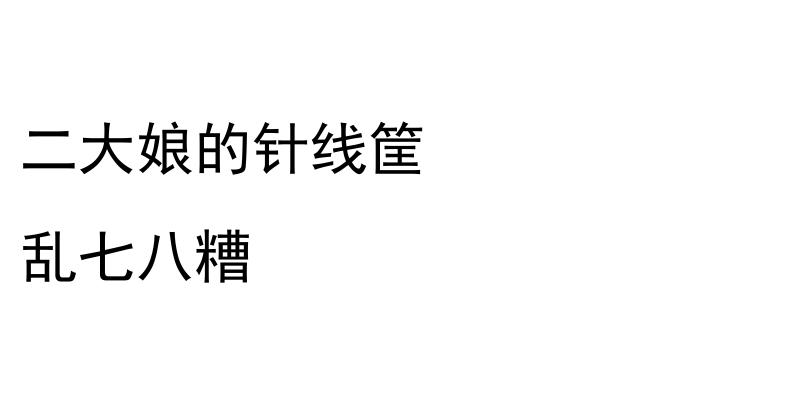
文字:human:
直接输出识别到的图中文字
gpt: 二大娘的针线筐 乱七八糟